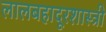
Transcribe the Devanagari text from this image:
लालबहादूरशास्त्री